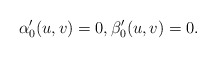
\begin{align*} \alpha_0'(u,v)=0,\beta_0'(u,v)=0. \end{align*}